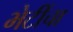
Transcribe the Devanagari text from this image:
भेटींचा